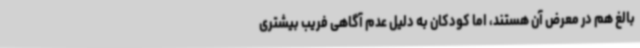
بالغ هم در معرض آن هستند، اما کودکان به دلیل عدم آگاهی فریب بیشتری